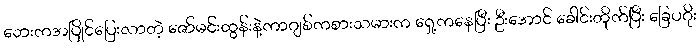
ဘေးကအပြိုင်ပြေးလာတဲ့ ဇော်မင်းထွန်းနဲ့ကာဂျစ်ကစားသမားက ရှေ့ကနေပြီး ဦးအောင် ခေါင်းတိုက်ပြီး ခြေပဂိုး